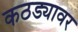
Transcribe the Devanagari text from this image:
कठड्यावर